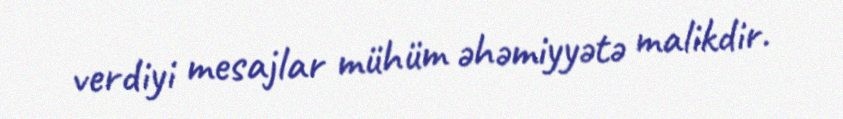
verdiyi mesajlar mühüm əhəmiyyətə malikdir.